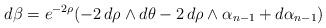
LaTeX: \begin{align*}d\beta=e^{-2\rho}(-2\,d\rho\wedge d\theta-2\,d\rho\wedge\alpha_{n-1}+d\alpha_{n-1})\end{align*}